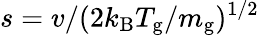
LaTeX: s=v/(2k_{\mathrm{B}}T_{\mathrm{g}}/m_{\mathrm{g}})^{1/2}